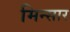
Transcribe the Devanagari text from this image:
मिन्सार